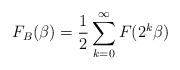
LaTeX: \begin{align*}F_{B}(\beta)=\frac{1}{2}\sum_{k=0}^{\infty} F(2^{k}\beta)\end{align*}